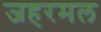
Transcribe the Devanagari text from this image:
जहरमल